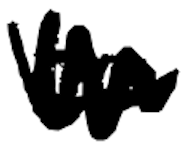
Text: to
Cross-out: zig-zag
Writing tool: digital_black